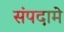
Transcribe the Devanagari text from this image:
संपदामे